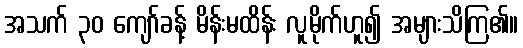
အသက် ၃၀ ကျော်ခန့် မိန်းမထိန်း လူမိုက်ဟူ၍ အများသိကြ၏။